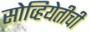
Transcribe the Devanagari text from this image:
सोव्हियेतीची